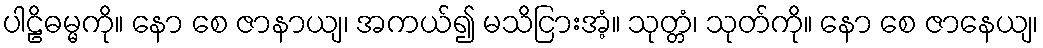
ပါဠိဓမ္မကို။ နော စေ ဇာနာယျ၊ အကယ်၍ မသိငြားအံ့။ သုတ္တံ၊ သုတ်ကို။ နော စေ ဇာနေယျ၊